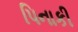
પિનાકી